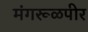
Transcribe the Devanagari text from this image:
मंगरूळपीर